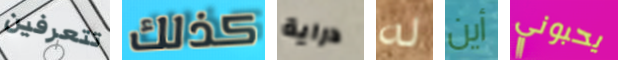
تتعرفين كذلك دراية له أين يحبوني